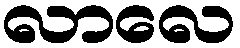
လာလေ